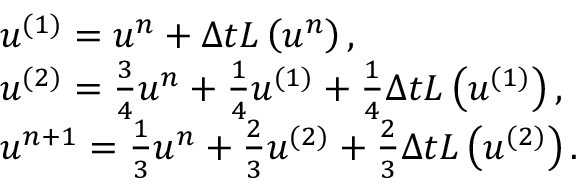
\begin{array} { r l } & { u ^ { ( 1 ) } = u ^ { n } + \Delta t L \left( u ^ { n } \right) , } \\ & { u ^ { ( 2 ) } = \frac { 3 } { 4 } u ^ { n } + \frac { 1 } { 4 } u ^ { ( 1 ) } + \frac { 1 } { 4 } \Delta t L \left( u ^ { ( 1 ) } \right) , } \\ & { u ^ { n + 1 } = \frac { 1 } { 3 } u ^ { n } + \frac { 2 } { 3 } u ^ { ( 2 ) } + \frac { 2 } { 3 } \Delta t L \left( u ^ { ( 2 ) } \right) . } \end{array}